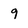
Character: 9